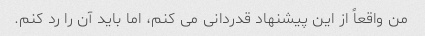
من واقعاً از این پیشنهاد قدردانی می کنم، اما باید آن را رد کنم.